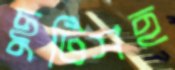
ছুটিসহ